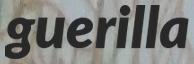
guerilla